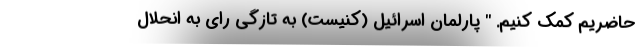
حاضریم کمک کنیم. " پارلمان اسرائیل (کنیست) به تازگی رای به انحلال